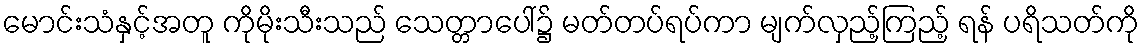
မောင်းသံနှင့်အတူ ကိုမိုးသီးသည် သေတ္တာပေါ်၌ မတ်တပ်ရပ်ကာ မျက်လှည့်ကြည့် ရန် ပရိသတ်ကို